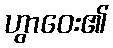
ဟွာဝေး၏